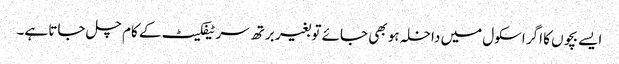
ایسے بچوں کا اگر اسکول میں داخلہ ہو بھی جائے تو بغیر برتھ سرٹیفکیٹ کے کام چل جاتا ہے۔